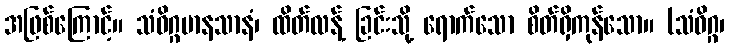
အဖြစ်ကြောင့်။ သံဝိဂ္ဂမာနသာနံ၊ ထိတ်လန့် ခြင်းသို့ ရောက်သော စိတ်ရှိကုန်သော။ (သံဝိဂ္ဂ၊